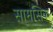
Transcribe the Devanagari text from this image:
सामसिक